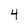
Character: 4